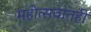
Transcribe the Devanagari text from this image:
महोत्सवांतही